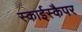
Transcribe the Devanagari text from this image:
स्काईस्कैपर